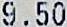
9.50